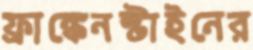
ফ্রাঙ্কেনস্টাইনের